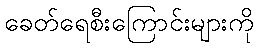
ခေတ်ရေစီးကြောင်းများကို